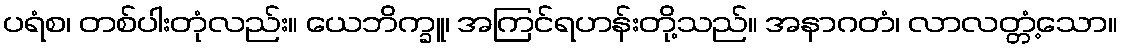
ပရံစ၊ တစ်ပါးတုံလည်း။ ယေဘိက္ခူ၊ အကြင်ရဟန်းတို့သည်။ အနာဂတံ၊ လာလတ္တံ့သော။